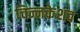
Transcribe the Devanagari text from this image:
चिन्नकेशव